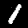
Digit: 1